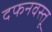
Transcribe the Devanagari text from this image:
दफनवस्तू